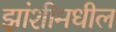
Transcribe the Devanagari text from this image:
झांशीमधील